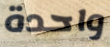
واحدة